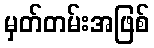
မှတ်တမ်းအဖြစ်